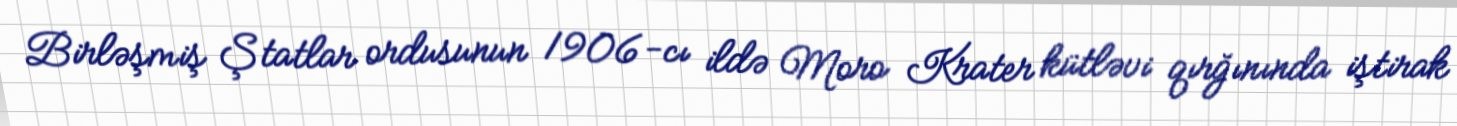
Birləşmiş Ştatlar ordusunun 1906-cı ildə Moro Krater kütləvi qırğınında iştirak